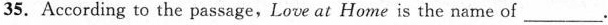
35.According to the passage,Love at Home is the name of ___.